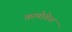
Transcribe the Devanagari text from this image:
कामोवेश